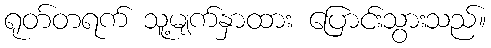
ရုတ်တရက် သူ့မျက်နှာထား ပြောင်းသွားသည်။